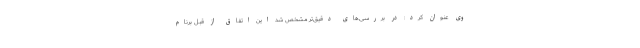
وی عنوان کرد: در بررسی‌های دقیق‌تر مشخص شد این اتفاق از قبل برنام